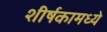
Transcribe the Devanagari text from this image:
शीर्षकामध्ये